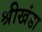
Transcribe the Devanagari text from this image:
श्रीखंडा